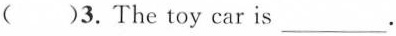
( )3.The toy car is ___ .